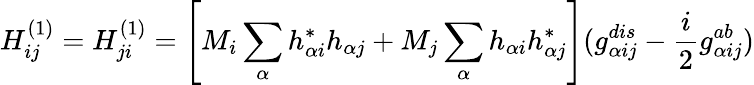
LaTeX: H_{ij}^{(1)}=H_{ji}^{(1)}=\left[M_{i}\sum_{\alpha}h_{\alpha i}^{\ast}h_{\alpha j}+M_{j}\sum_{\alpha}h_{\alpha i}h_{\alpha j}^{\ast}\right](g_{\alpha ij}^{dis}-\frac{i}{2}g_{\alpha ij}^{ab})